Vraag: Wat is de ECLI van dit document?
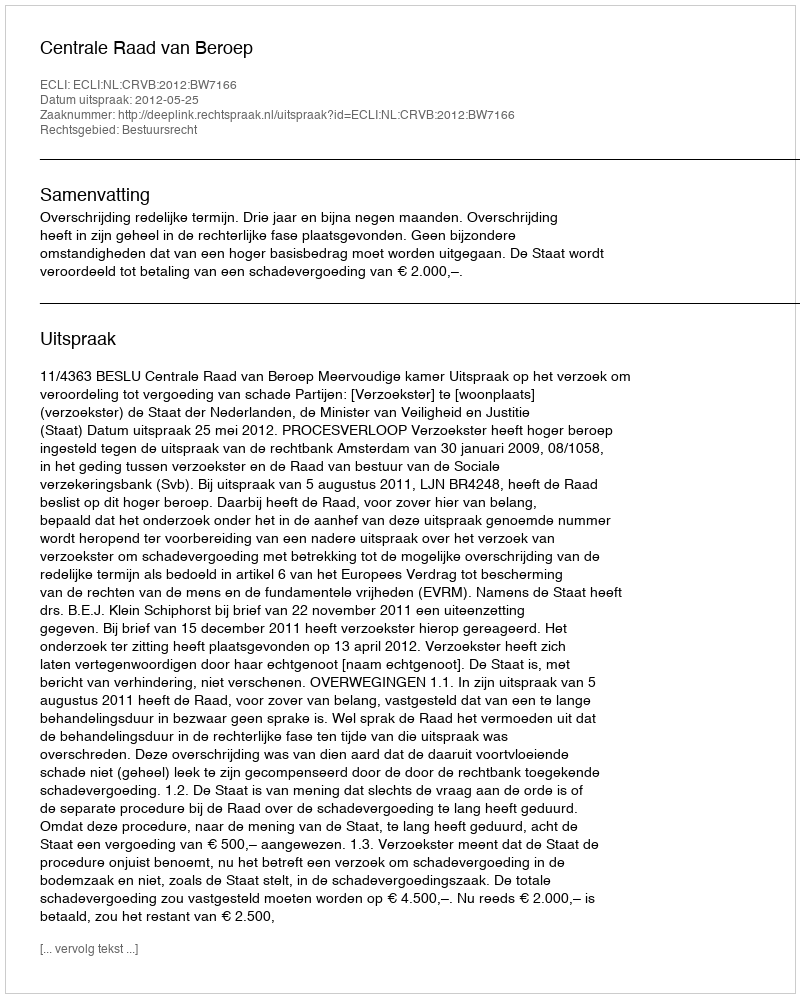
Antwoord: ECLI:NL:CRVB:2012:BW7166